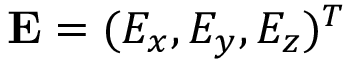
\mathbf { E } = ( E _ { x } , E _ { y } , E _ { z } ) ^ { T }